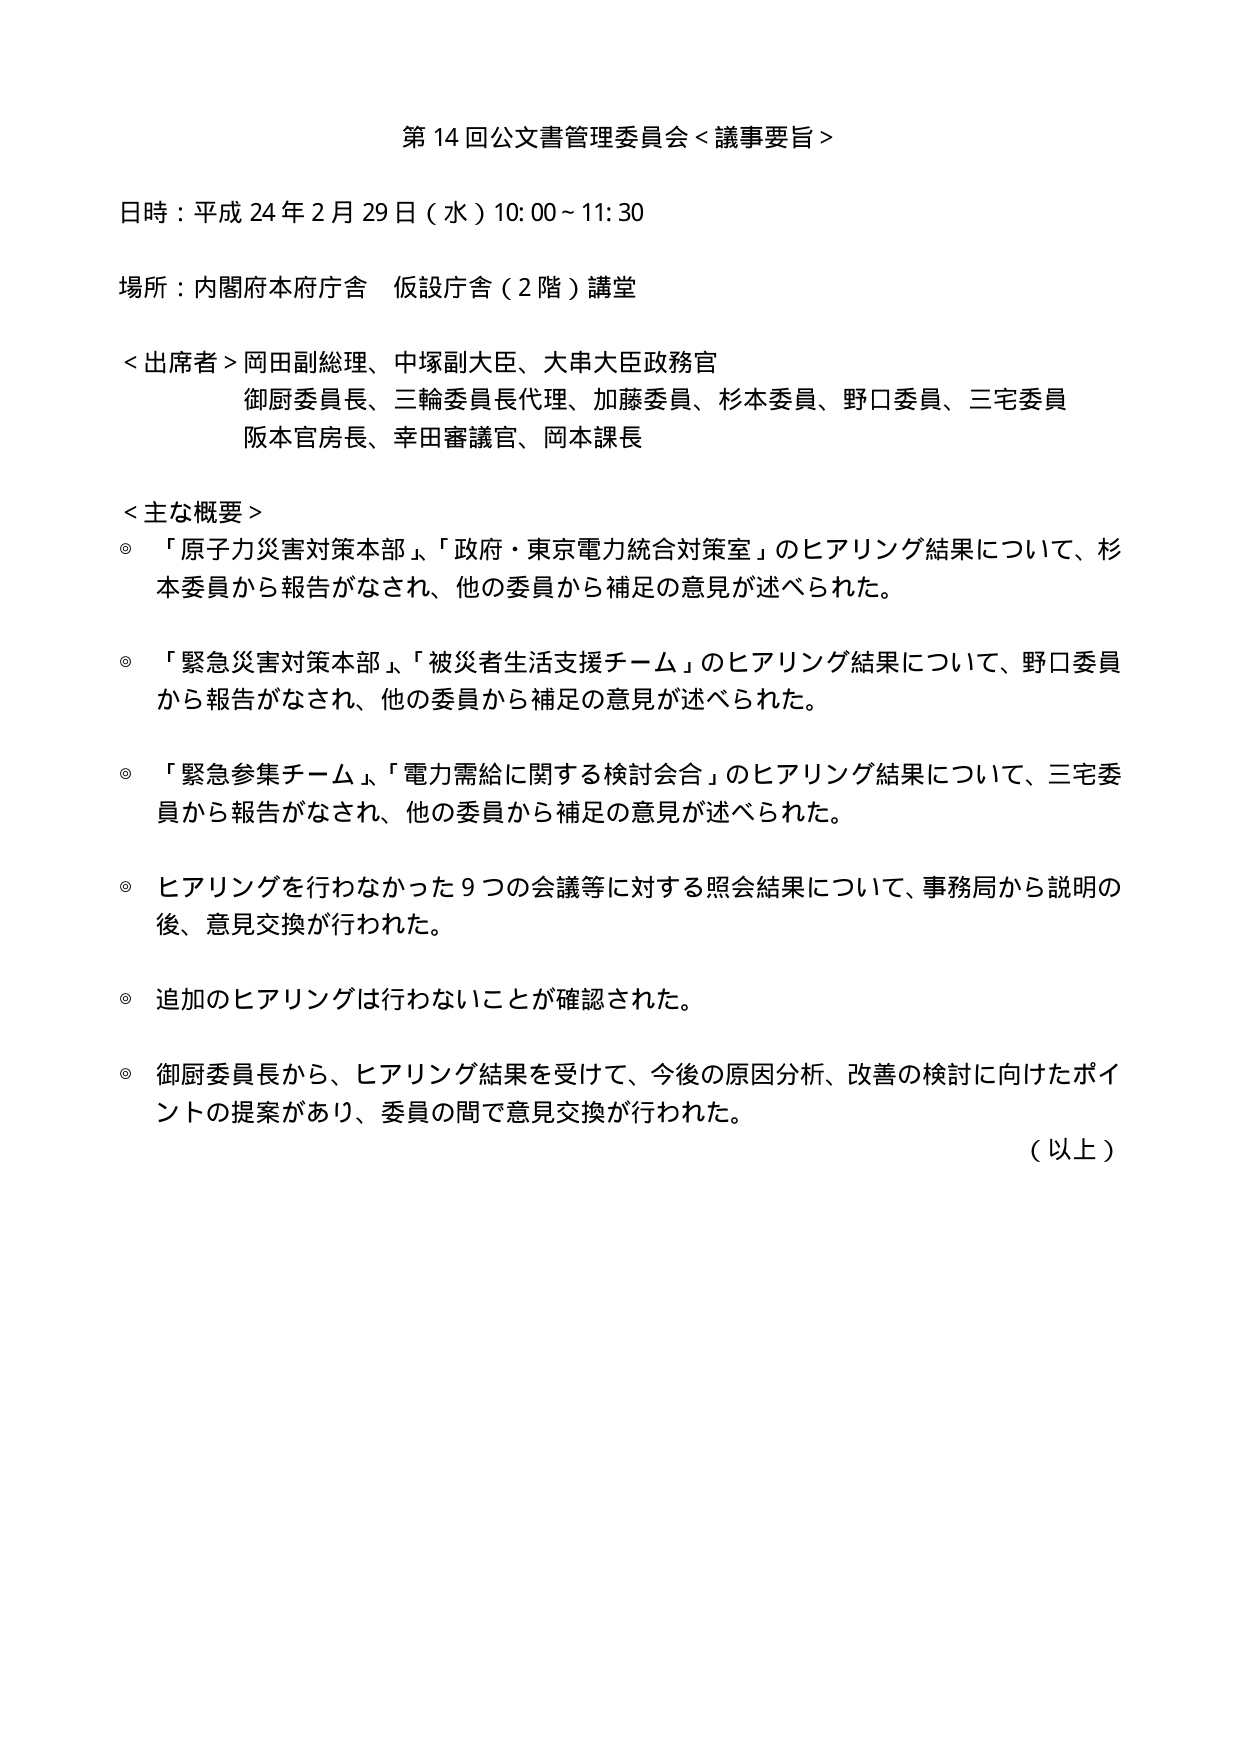
第14回公文書管理委員会＜議事要旨＞

日時：平成24年2月29日（水）10:00～11:30

場所：内閣府本府庁舎 仮設庁舎（2階）講堂

＜出席者＞岡田副総理、中塚副大臣、大串大臣政務官
御厨委員長、三輪委員長代理、加藤委員、杉本委員、野口委員、三宅委員
阪本官房長、幸田審議官、岡本課長

＜主な概要＞
◎「原子力災害対策本部」、「政府・東京電力統合対策室」のヒアリング結果について、杉本委員から報告がなされ、他の委員から補足の意見が述べられた。
◎「緊急災害対策本部」、「被災者生活支援チーム」のヒアリング結果について、野口委員から報告がなされ、他の委員から補足の意見が述べられた。
◎「緊急参集チーム」、「電力需給に関する検討会合」のヒアリング結果について、三宅委員から報告がなされ、他の委員から補足の意見が述べられた。
◎ヒアリングを行わなかった9つの会議等に対する照会結果について、事務局から説明の後、意見交換が行われた。
◎追加のヒアリングは行わないことが確認された。
◎御厨委員長から、ヒアリング結果を受けて、今後の原因分析、改善の検討に向けたポイントの提案があり、委員の間で意見交換が行われた。

（以上）